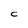
Character: C